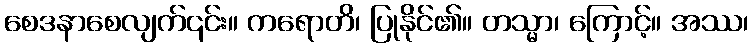
စေဒနာစေလျက်၎င်း။ ကရောတိ၊ ပြုနိုင်၏။ တသ္မာ၊ ကြောင့်။ အဿ၊